Newspaper: Lyon County times. [volume]
Place of publication: Silver City, Nev.
Publisher: Frank Kenyon
Date: 1875-01-28 00:00:00
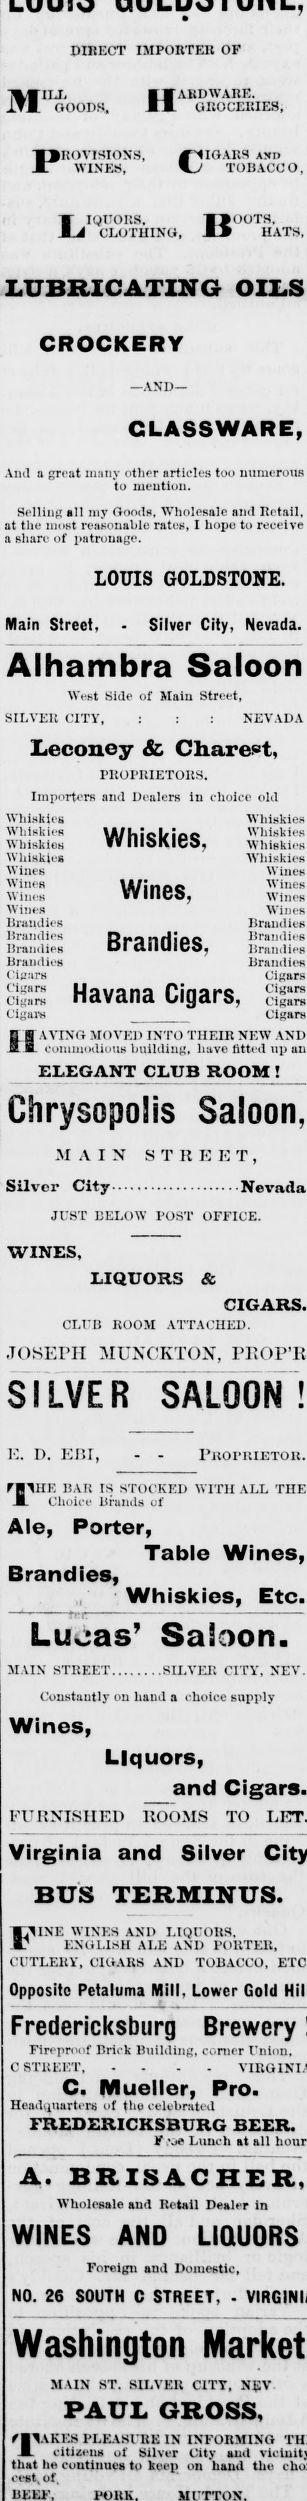
Advertisement text (OCR):
DIRECT IMPORTER OF ■B'ARDWARE. 1TX GOODS, AN GROCERIES, PROVISION'S, X i[OAIiH Ayi) WINES, Xv TOBACCO, X IQDORS, XlOOTa Xi CLOTHING, X» HATS, LUBRICATING OILS CROCKERY —AND— GLASSWARE, And a great many other articles too numerous to mention. Selling all my Goods, Wholesale and Retail, at the most reasonable rates, I hope to receive a share of patronage. LOUIS GOLDSTONE. Main Street, - Silver City, Nevada. Alhambra Saloon West Side of Main Street, SILVER CITY, : : : NEVADA Leconey Sc Chareet, PROPRIETORS. Importers and Dealers iu choice old Whiskies Whiskies NVhiskies Whicl/ioc Whiskies Whiskies ffllloKlob, Whiskies Whiskies Whiskies Wines Wines Wines Win DC Wines Wines VYIIlCO, Wines Wines Wines Brandies Brandies Brandies RpoElHiac Brandies Brandies Dl dll 111 Co. Brandies Brandies Brandies Cigars Cigars Havana Cigars, Cigars _ Cigars H aving moved into their new and . commodious building, have fitted up an ELEGANT CLUB ROOM ! Chrysopolis Saloon, MAIN STREET, Silver City.Nevada JUST BELOW POST OFFICE. WINES, LIQUORS Sc CIGARS. CLUB BOOM ATTACHED. JOSEPH MUNCKTON, PROP’R SILVER SALOON! E. D. ERI, - - Proprietor. FJtHF. BAR IS STOCKED WITH ALL THE A Choice Brands ui Ale, Porter, Table Wines, Brandies, Whiskies, Etc. Lucas7 ba!:)on. MAIN STREET.SILVER CITY, NEV. Constantly on hand a choice supply Wines, Liquors, and Cigars. FURNISHED ROOMS TO Virginia and Silver BUS TERMINUS. 1.1 INF WINES ANI) LIQUORS. " ENGLISH ALE AND PORTER, CUTLERY, CIGARS AND TOBACCO, Opposite Petaluma Mill. Lower Gold Fredericksburg Brewery Fireproof Brick Building, comer Union, C STREET, .... C. Mueller, Pro. Headquarter* of the celebrated FREDERICKSBURG BEER. F Lunch at all A. BRISACHER, Wholesale and Retail Dealer in WINES AND Foreign and Domestic, NO. 26 SOUTH C STREET, ■ Washington MAIN ST. SILVER CITY, N£V PAUL GROSS, f 1TVKES PLEASURE IN INFORMING A citizen* of Silver City and that he eoutinue* to keep on hand the cest, of. BEEF,
Label: text-only